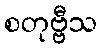
စတုဗ္ဗီသ